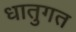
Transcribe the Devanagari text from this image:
धातुगत